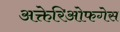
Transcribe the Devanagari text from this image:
अक्तेरिओफगेस